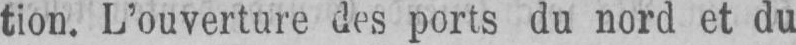
tion. L’ouverture des ports du nord et du